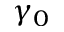
\gamma _ { 0 }